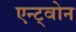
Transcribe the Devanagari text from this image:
एन्ट्वोन